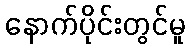
နောက်ပိုင်းတွင်မူ